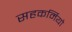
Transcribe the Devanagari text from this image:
सहकर्मियो